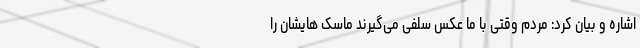
اشاره و بیان کرد: مردم وقتی با ما عکس سلفی می‌گیرند ماسک هایشان را